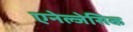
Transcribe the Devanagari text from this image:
एनेल्जेसिक